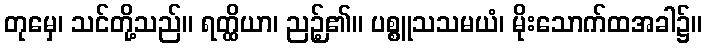
တုမှေ၊ သင်တို့သည်။ ရတ္ထိယာ၊ ညဉ့်၏။ ပစ္စူသသမယံ၊ မိုးသောက်ထအခါ၌။